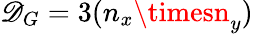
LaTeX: \mathscr{D}_{G}=3(n_{x}\timesn_{y})